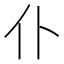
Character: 仆